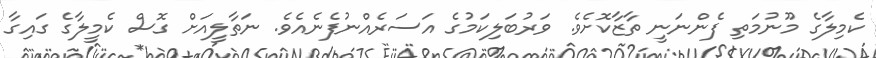
ކެމިލާގެ މޫނުމަތި ފެންނަނީ ތާޒާކޮށެވެ. ވަރުބަލިކަމުގެ އަސަރެއްނުފެނެއެވެ. ނަތާލީއަށް ގޮސް ކެމީލާގެ ގައިގާ